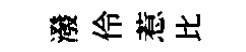
潑伶惹比